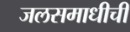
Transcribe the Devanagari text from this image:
जलसमाधीची